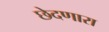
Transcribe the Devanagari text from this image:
छेदणारा